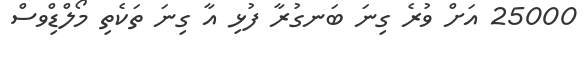
25000 އަށް ވުރެ ގިނަ ބަނގުރާ ފުޅި އާ ގިނަ ތަކެތި މޯލްޑިްވސް